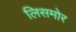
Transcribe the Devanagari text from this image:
लिसमोर